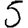
Digit: 5